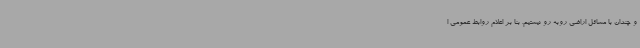
و چندان با مسائل اراضی روبه رو نیستیم. بنا بر اعلام روابط عمومی ا